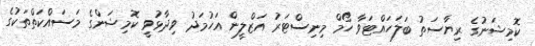
ކޮމިޝަނުގެ ރިޔާސަތު ބަލަހައްޓަވާ ހޯމް މިނިސްޓަރު އަޒްލީން އަހުމަދު ވިދާޅުވީ ކޮމިޝަންގެ މަސައްކަތްތަކުގެ